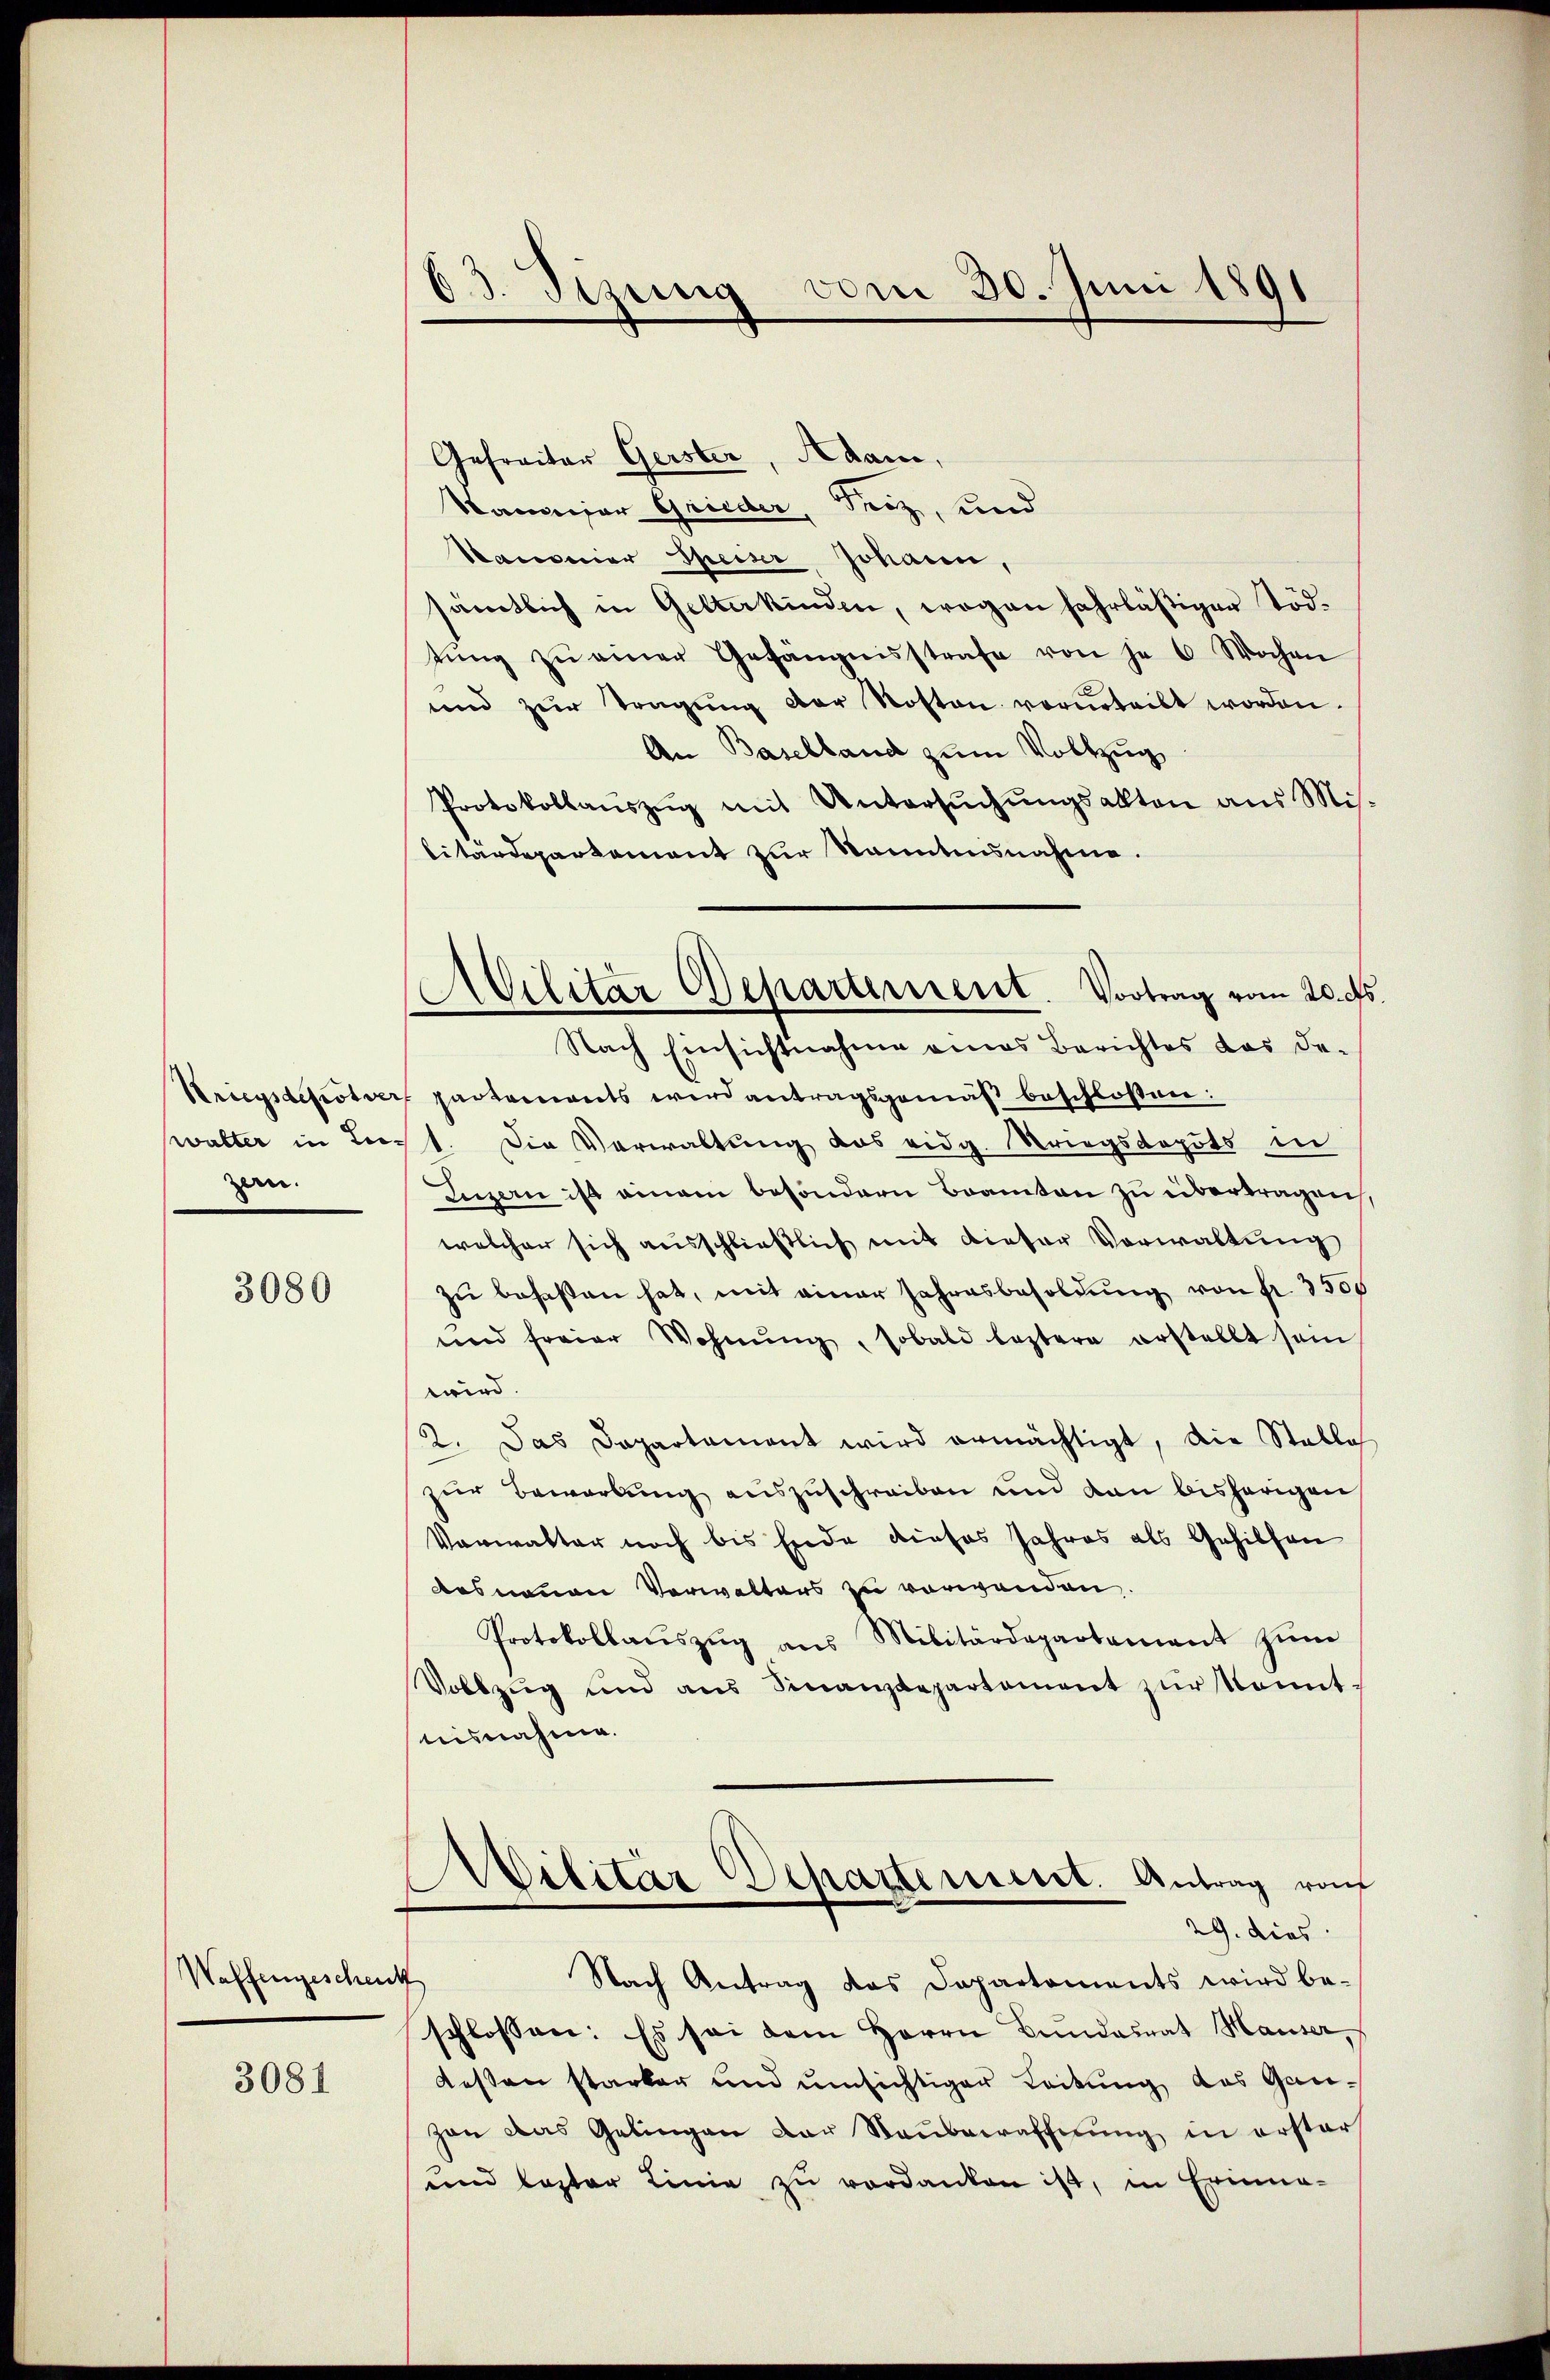
Kriegsdepot ver
walter in Liezein.

3080

Waffengeschenk

3081

63. Sizung vom 30. Juni 1891

Ailitar Departement. Vortrag vom 20. ds
Nach Einsichtnahme eines Berichtes das de-

Gefreiter Gerster, Adam,
Samar Grieder, Teiz, und
Kanonier Speiser, Johann,
sämtlich in Gelterkinden, wegen fahrläßiger Tödtŭng zŭ einer Gefängnisstrafe von je 6 Wochen
und zur Tragŭng der Roston vorurteilt worden.
An Baselland zum Vollzug
Protokollaŭszŭg mit Untersŭchŭngsalten aus Mis.
litärdepartement zur konntensnahme.
partements wird antragsgemäß beschloßen:
1. Die Verwaltung das eidg. Striegsdepots in
Luzern ist einem besondern Beamten zu übertragen,
welcher sich ausschließlich mit dieser Vorwaltung
zu besassen hat, mit einer Jahresbesoldung von fr. 3500
und freier Wohnŭng, sobald leztere erstellt sein
wird.
2. Das Dapartament wird ermächtigt, die Stalla
zur Bewerbung auszuschreiben und dan bisherigen
Vorwalter noch bis Ende dieses Jahres als Gehilfen
des neuen Verwalters zu verwenden.
Protokollaŭszŭg ans Militärdepartement zŭm
Vollzug und aus Sinanzdepartement zŭr konnt
nisnahme.
Militar Departement. Antrag von
29. dies
Nach Antrag das Departements wird be-
schlossen: Es sei dem Herrn Bundesrat Hauser,
dessen starker und umsichtiger Leitung das Ganzan das Gelingen der Staŭbraffnung in erster
und lezter Linie zu verdanken ist, in Erinne-